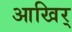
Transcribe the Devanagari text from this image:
आखिर्